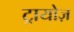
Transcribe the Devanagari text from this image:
ट्रायोज़